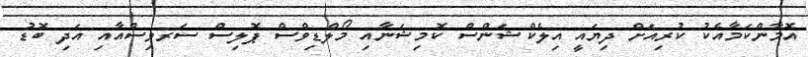
އޮމާންކަމާއެކު ކުރިއަށް ދިޔައީ އިލެކްޝަންސް ކޮމިޝަނާއި މޯލްޑިވްސް ޕޮލިސް ސަރވިސްއާއި އަދި ބޮޑު